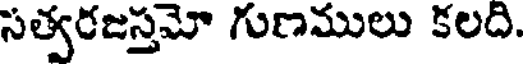
సత్వరజస్తమో గుణములు కలది.